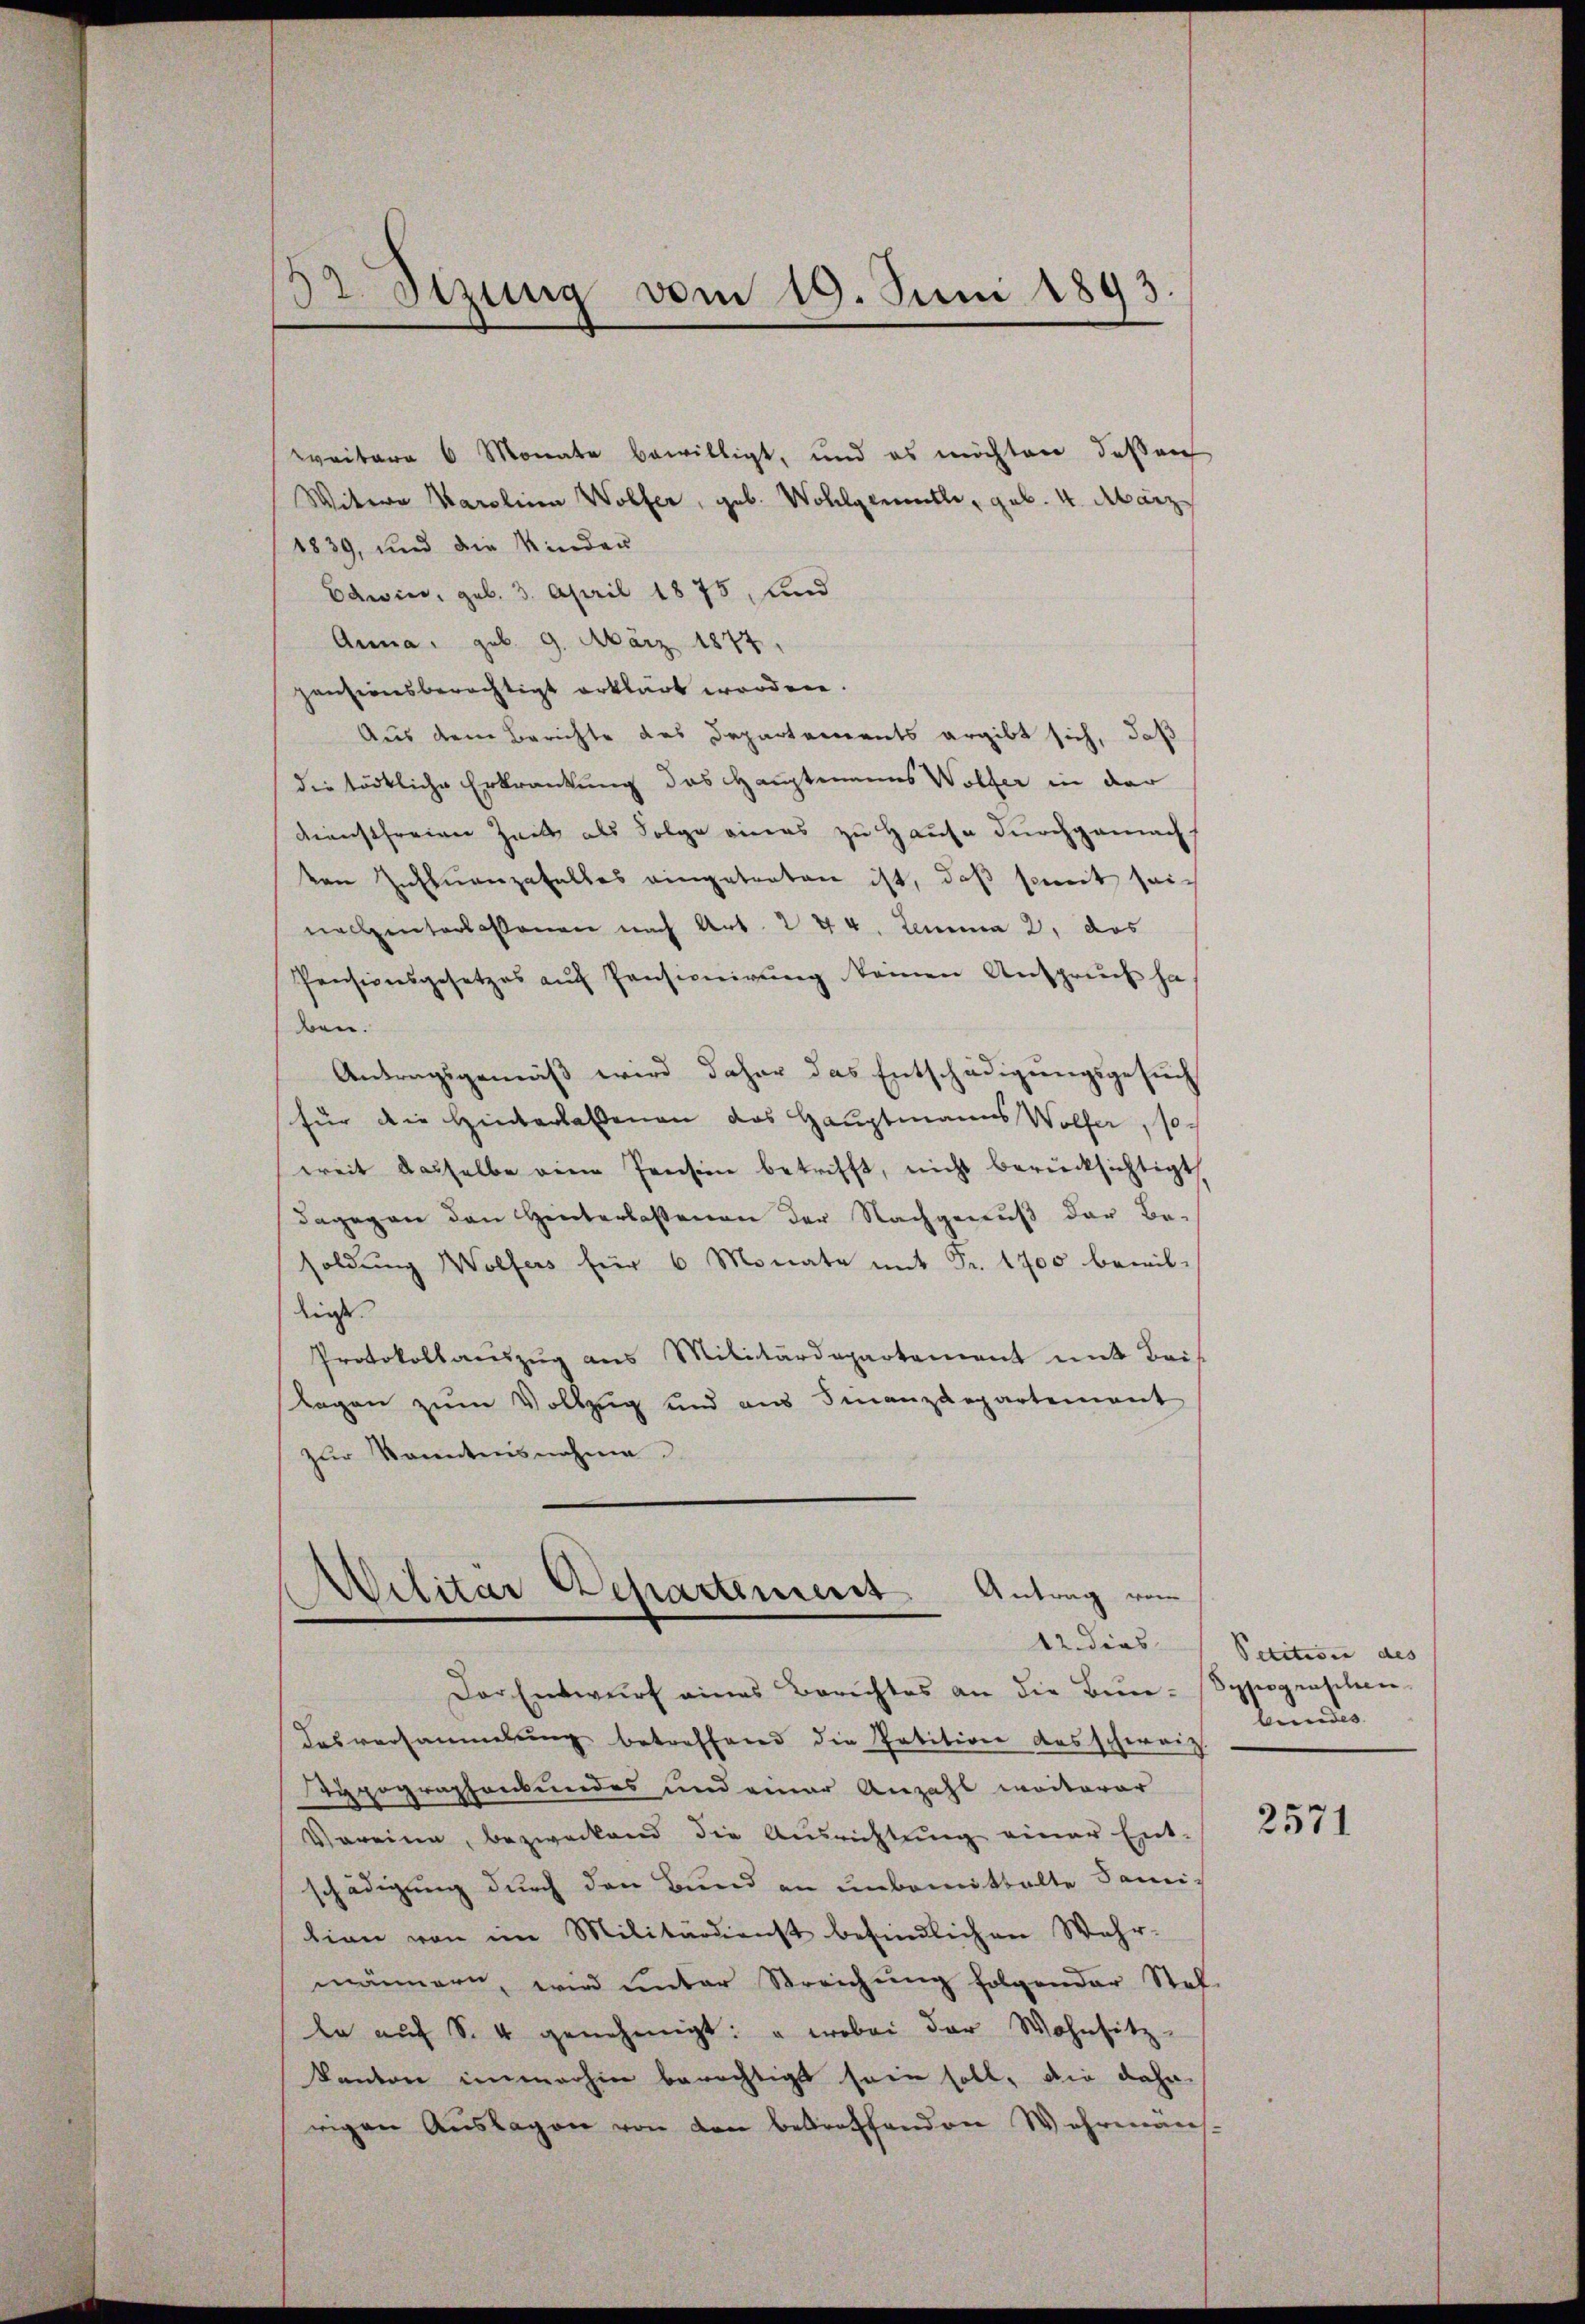
3t. Sitzung vom 19. Juni 1893.

weitere 6 Monate bewilligt, und es möchten dessen
Witwe Karolina Wolfer, geb. Wohlgemuthe, geb. 4. März
1839, und die Kinden
Cawin, geb. 3. April 1875, und
Anna, geb. 9. März 1874
zansionsberechtigt erklärt worden.
Aus dem Berichte des Departements ergibt sich, daß
die tödtliche Erkrankung das Hauptmanns Wolfer in der
dienstfreiger Zeit als Folge eines zu Hause durchgemacht
ven Influenzefalles eingetreten ist, daß somit seinahenterlassenen nach Art. 244. Lemma 2, das
Pensionsgesetzes auf Pensionirung keinen Anspruch ha
ben.
Antragsgemäß wird daher das Entschädigungsgesuch
für die Hinterlassenen das Hauptmanns Wolfer, so
weit dasselbe eine Pension betrifft, nicht berücksichtigt,
dagegen den Hinterlassenen der Nachgenuß der Be-
soldung Wolfers für 6 Monate mit Fr. 1700 bewil-
dieses |
Protokollauszug aus Militärdepartement mit Beis
lagen zum Vollzug und aus Finanzdepartement
zur Kenntnisnahme.

Militär Departement Antrag von
12 dies
Der Entwŭrf eines Berichtes an die Bene-Sppogenschen-

desversammlung betreffend die Petition das schweiz
Typographenbundes und einer Anzahl weiterer
Voreine, bezweckend die Ausrichtŭng einer Ent-
schädigung durch den Bund an unbemittalte Dami-
linne von im Militärdienst befindlichen Wahr-
männern, wird ŭnter Streichŭng folgender Stel-
le aŭf S. 4 genehmigt: " wobei der Wohnsitz-
kanton immerhin berechtigt sein soll, die dahe
rigen Aŭslagen von den betreffenden Wahrenans

Petition des |
Gundes

2571